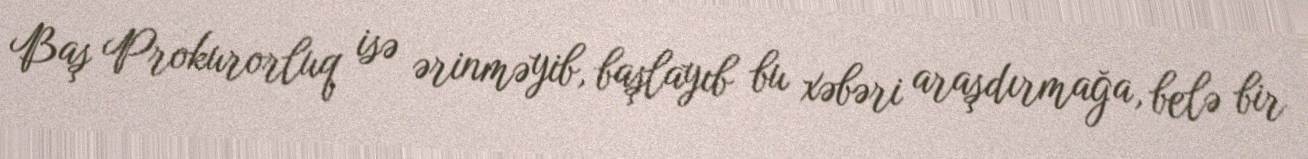
Baş Prokurorluq isə ərinməyib, başlayıb bu xəbəri araşdırmağa, belə bir